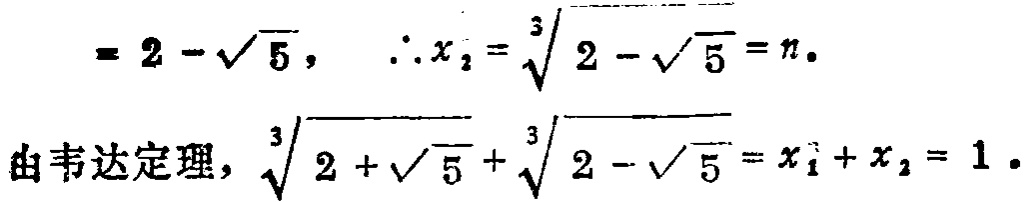
\[

=2 - \sqrt{5}, \quad \therefore x_{2}=\sqrt[3]{2 - \sqrt{5}} = n.

\]

由韦达定理，\(\sqrt[3]{2 + \sqrt{5}}+\sqrt[3]{2 - \sqrt{5}}=x_{1}+x_{2}=1\).